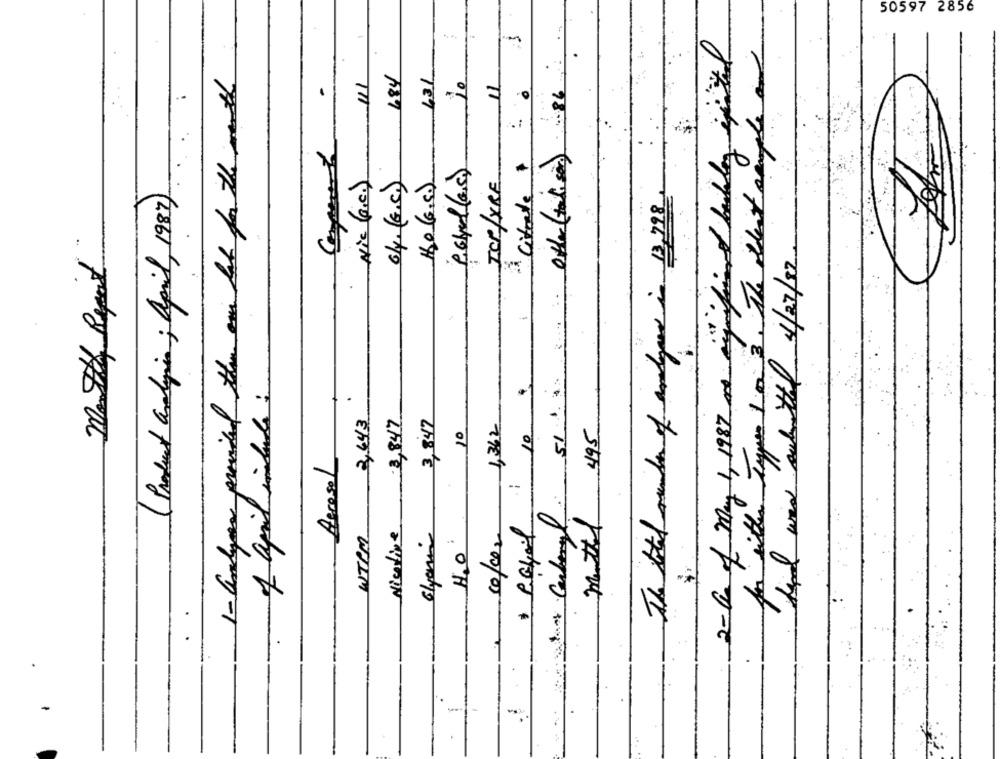
50597 2856
2-as of May 1, 1987 and my friend buckley exited
Types 1 0 3. The oldest sample an
431
1- andymen provided them our lat for the month
-
11
484
11
citrate $ =
other(tal. si)
Nic (R.c.)
P.Glad(s. c.)
( Product analogia ; April, 1987).
64. (E.C.)
120 (6.5.)
TCP/YRE
The total number of anlines in 1,298
Monthly Report
final was submitted 4/27/82.
Central: 51
of april include :
WTPM 2,643
.
Nicotine 3,84/7
Co/co2 1,362
10
Menthal 495
Aerosol
olyanin
H20